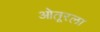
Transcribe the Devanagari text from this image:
ओतूरला